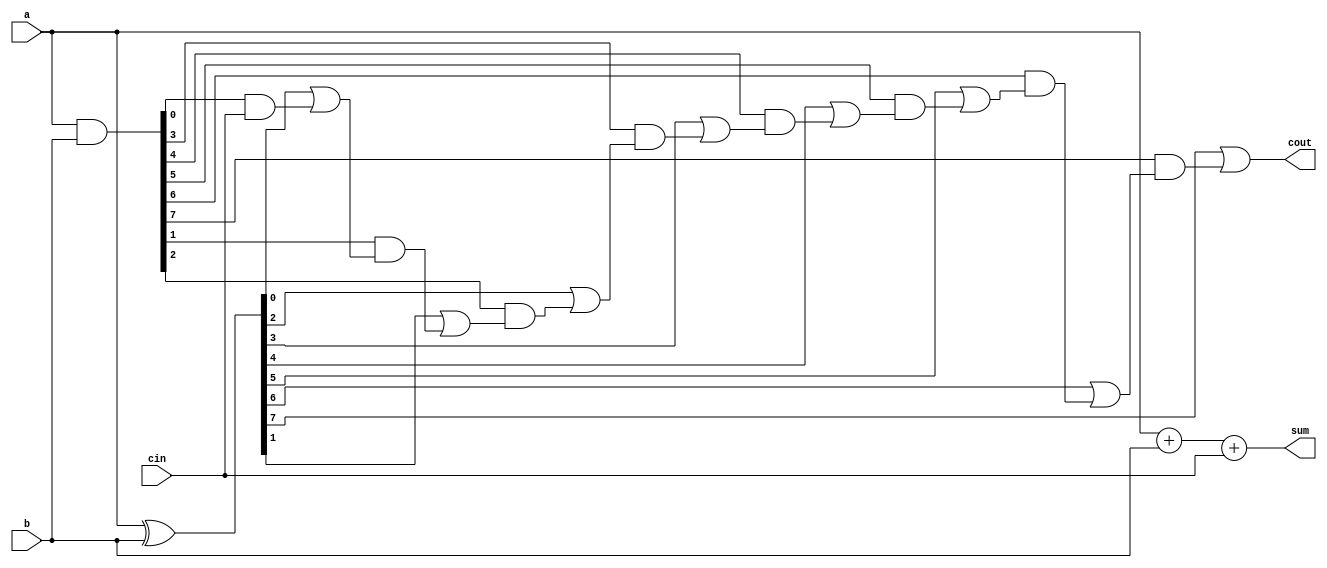
module carry_skip_adder(
    input [7:0] a,
    input [7:0] b,
    input cin,
    output [8:0] sum,
    output cout
);

wire [7:0] p, g;
wire [8:0] c;

assign p = a ^ b;
assign g = a & b;

assign c[0] = cin;
assign c[1] = p[0] | (g[0] & cin);

genvar i;
generate
    for (i = 1; i < 8; i = i + 1) begin : ripple
        assign c[i+1] = p[i] | (g[i] & c[i]);
    end
endgenerate

assign sum = a + b + cin;
assign cout = c[8];

endmodule